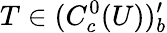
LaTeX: T\in(C_{c}^{0}(U))_{b}^{\prime}